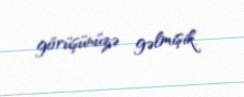
görüşünüzə gəlmişik.